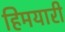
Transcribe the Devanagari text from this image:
हिमयारी